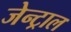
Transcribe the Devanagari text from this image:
जेन्ट्राल